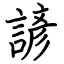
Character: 諺